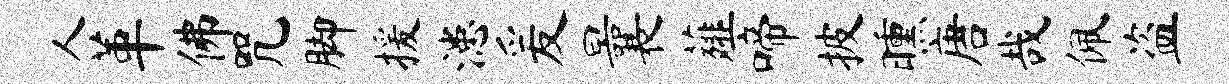
人革佛咒脚援漶爰曩薤啼披曛唐哉佩盗